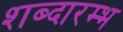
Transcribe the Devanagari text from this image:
शब्दारम्भ